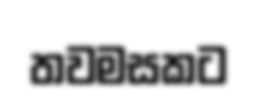
තවමසකට